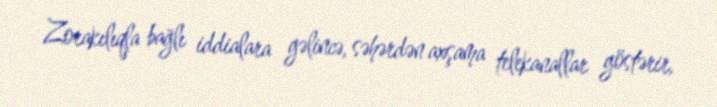
Zorakılıqla bağlı iddialara gəlincə, səhərdən axşama telekanallar göstərir,